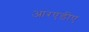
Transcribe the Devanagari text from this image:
आरएडीए